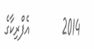
2014       އެފްރިކާގެ